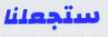
ستجعلنا